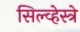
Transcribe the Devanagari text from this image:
सिल्व्हेस्त्रे